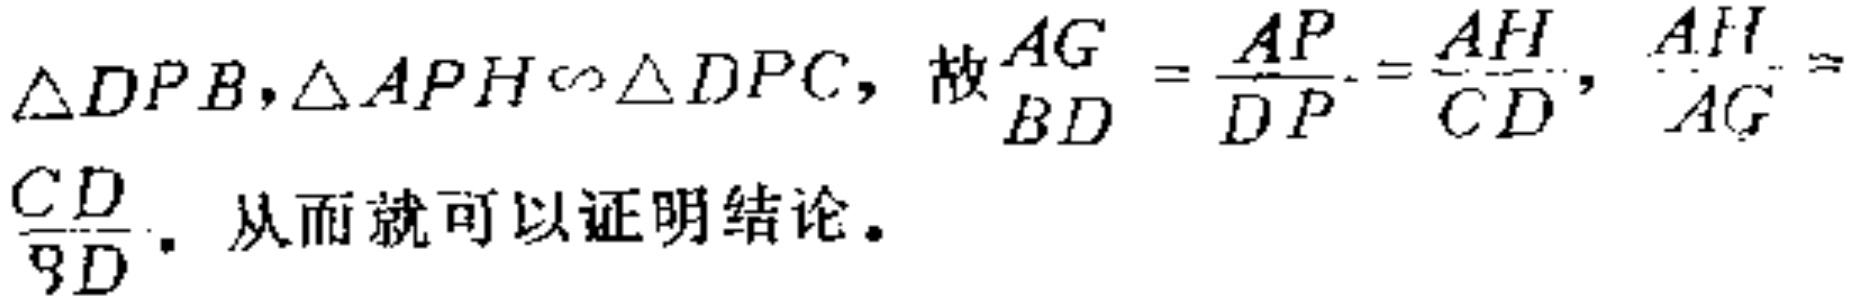
$\triangle DPB,\triangle APH\sim\triangle DPC,\text{ 故}\frac{AG}{BD}=\frac{AP}{DP}=\frac{AH}{CD},\ \frac{AH}{AG}=\frac{CD}{BD}.\text{ 从而就可以证明结论。}$